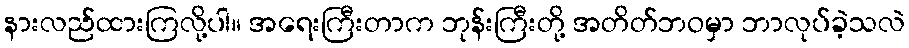
နားလည်ထားကြလို့ပါ။ အရေးကြီးတာက ဘုန်းကြီးတို့ အတိတ်ဘဝမှာ ဘာလုပ်ခဲ့သလဲ